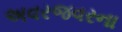
અવરજવરના